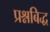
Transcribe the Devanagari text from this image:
प्रश्नबिद्ध